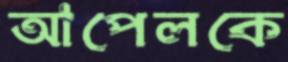
আপেলকে